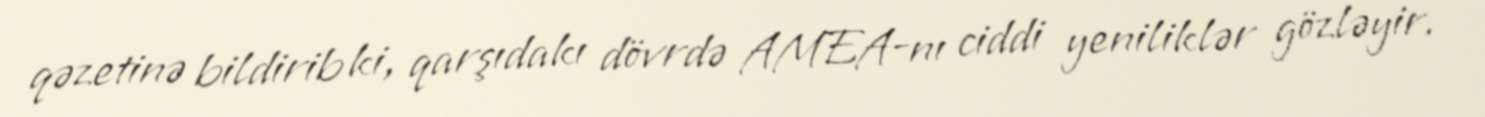
qəzetinə bildirib ki, qarşıdakı dövrdə AMEA-nı ciddi yeniliklər gözləyir.